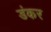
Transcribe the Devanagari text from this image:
डंकर